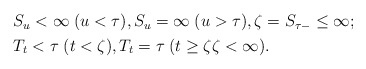
\begin{align*}\begin{aligned}& S_u<\infty\; (u<\tau),S_u=\infty\; (u>\tau),\zeta=S_{\tau-}\leq \infty; \\& T_t<\tau\; (t<\zeta),T_t=\tau\; (t\geq \zeta\zeta<\infty). \end{aligned}\end{align*}